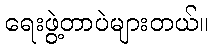
ရေးဖွဲ့တာပဲများတယ်။